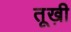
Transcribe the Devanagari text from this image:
तूख़ी